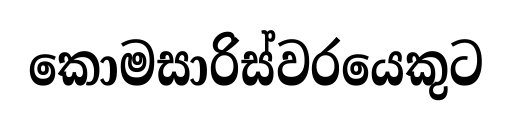
කොමසාරිස්වරයෙකුට